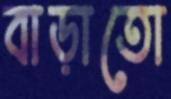
বাড়াতো